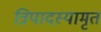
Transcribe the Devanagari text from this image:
त्रिपादस्यामृतं